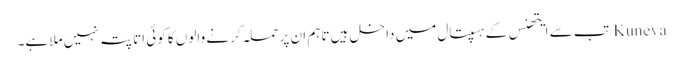
Kuneva تب سے ایتھنس کے ہسپتال میں داخل ہیں تاہم ان پر حملہ کرنے والوں کا کوئی اتا پتہ نہیں ملا ہے۔